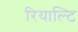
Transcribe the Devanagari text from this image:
रियाल्टि